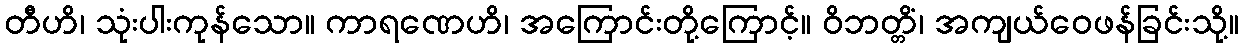
တီဟိ၊ သုံးပါးကုန်သော။ ကာရဏေဟိ၊ အကြောင်းတို့ကြောင့်။ ဝိဘတ္တိံ၊ အကျယ်ဝေဖန်ခြင်းသို့။